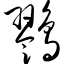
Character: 鹨